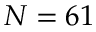
N = 6 1